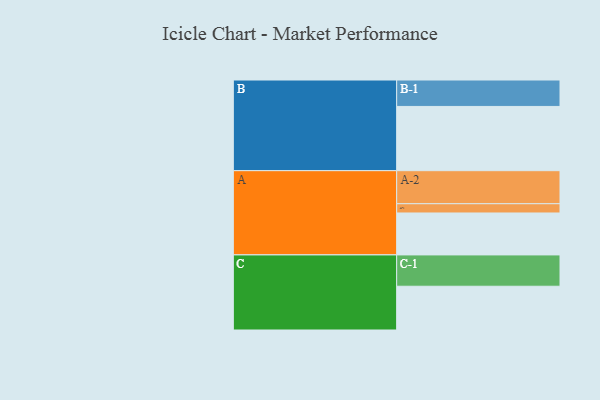
{"axis": {"x": "Segment", "y": "Value"}, "legend": ["", "A", "B", "C"], "data": [{"x": "A", "y": 344, "type": ""}, {"x": "B", "y": 527, "type": ""}, {"x": "C", "y": 359, "type": ""}, {"x": "A-1", "y": 76, "type": "A"}, {"x": "A-2", "y": 271, "type": "A"}, {"x": "B-1", "y": 217, "type": "B"}, {"x": "C-1", "y": 257, "type": "C"}]}